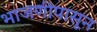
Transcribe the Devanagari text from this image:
भाजणीपासून